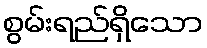
စွမ်းရည်ရှိသော